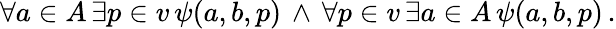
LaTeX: \forall a\in A\, \exists p\in v\, \psi(a,b,p)\, \land\, \forall p\in v\, \exists a\in A\, \psi(a,b,p)\, .